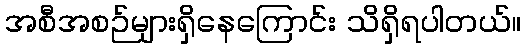
အစီအစဉ်များရှိနေကြောင်း သိရှိရပါတယ်။